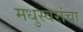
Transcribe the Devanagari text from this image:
मधुस्वरांचा